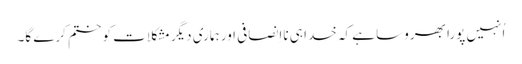
‏ اُنہیں پورا بھروسا ہے کہ خدا ہی نااِنصافی اور ہماری دیگر مشکلات کو ختم کرے گا۔